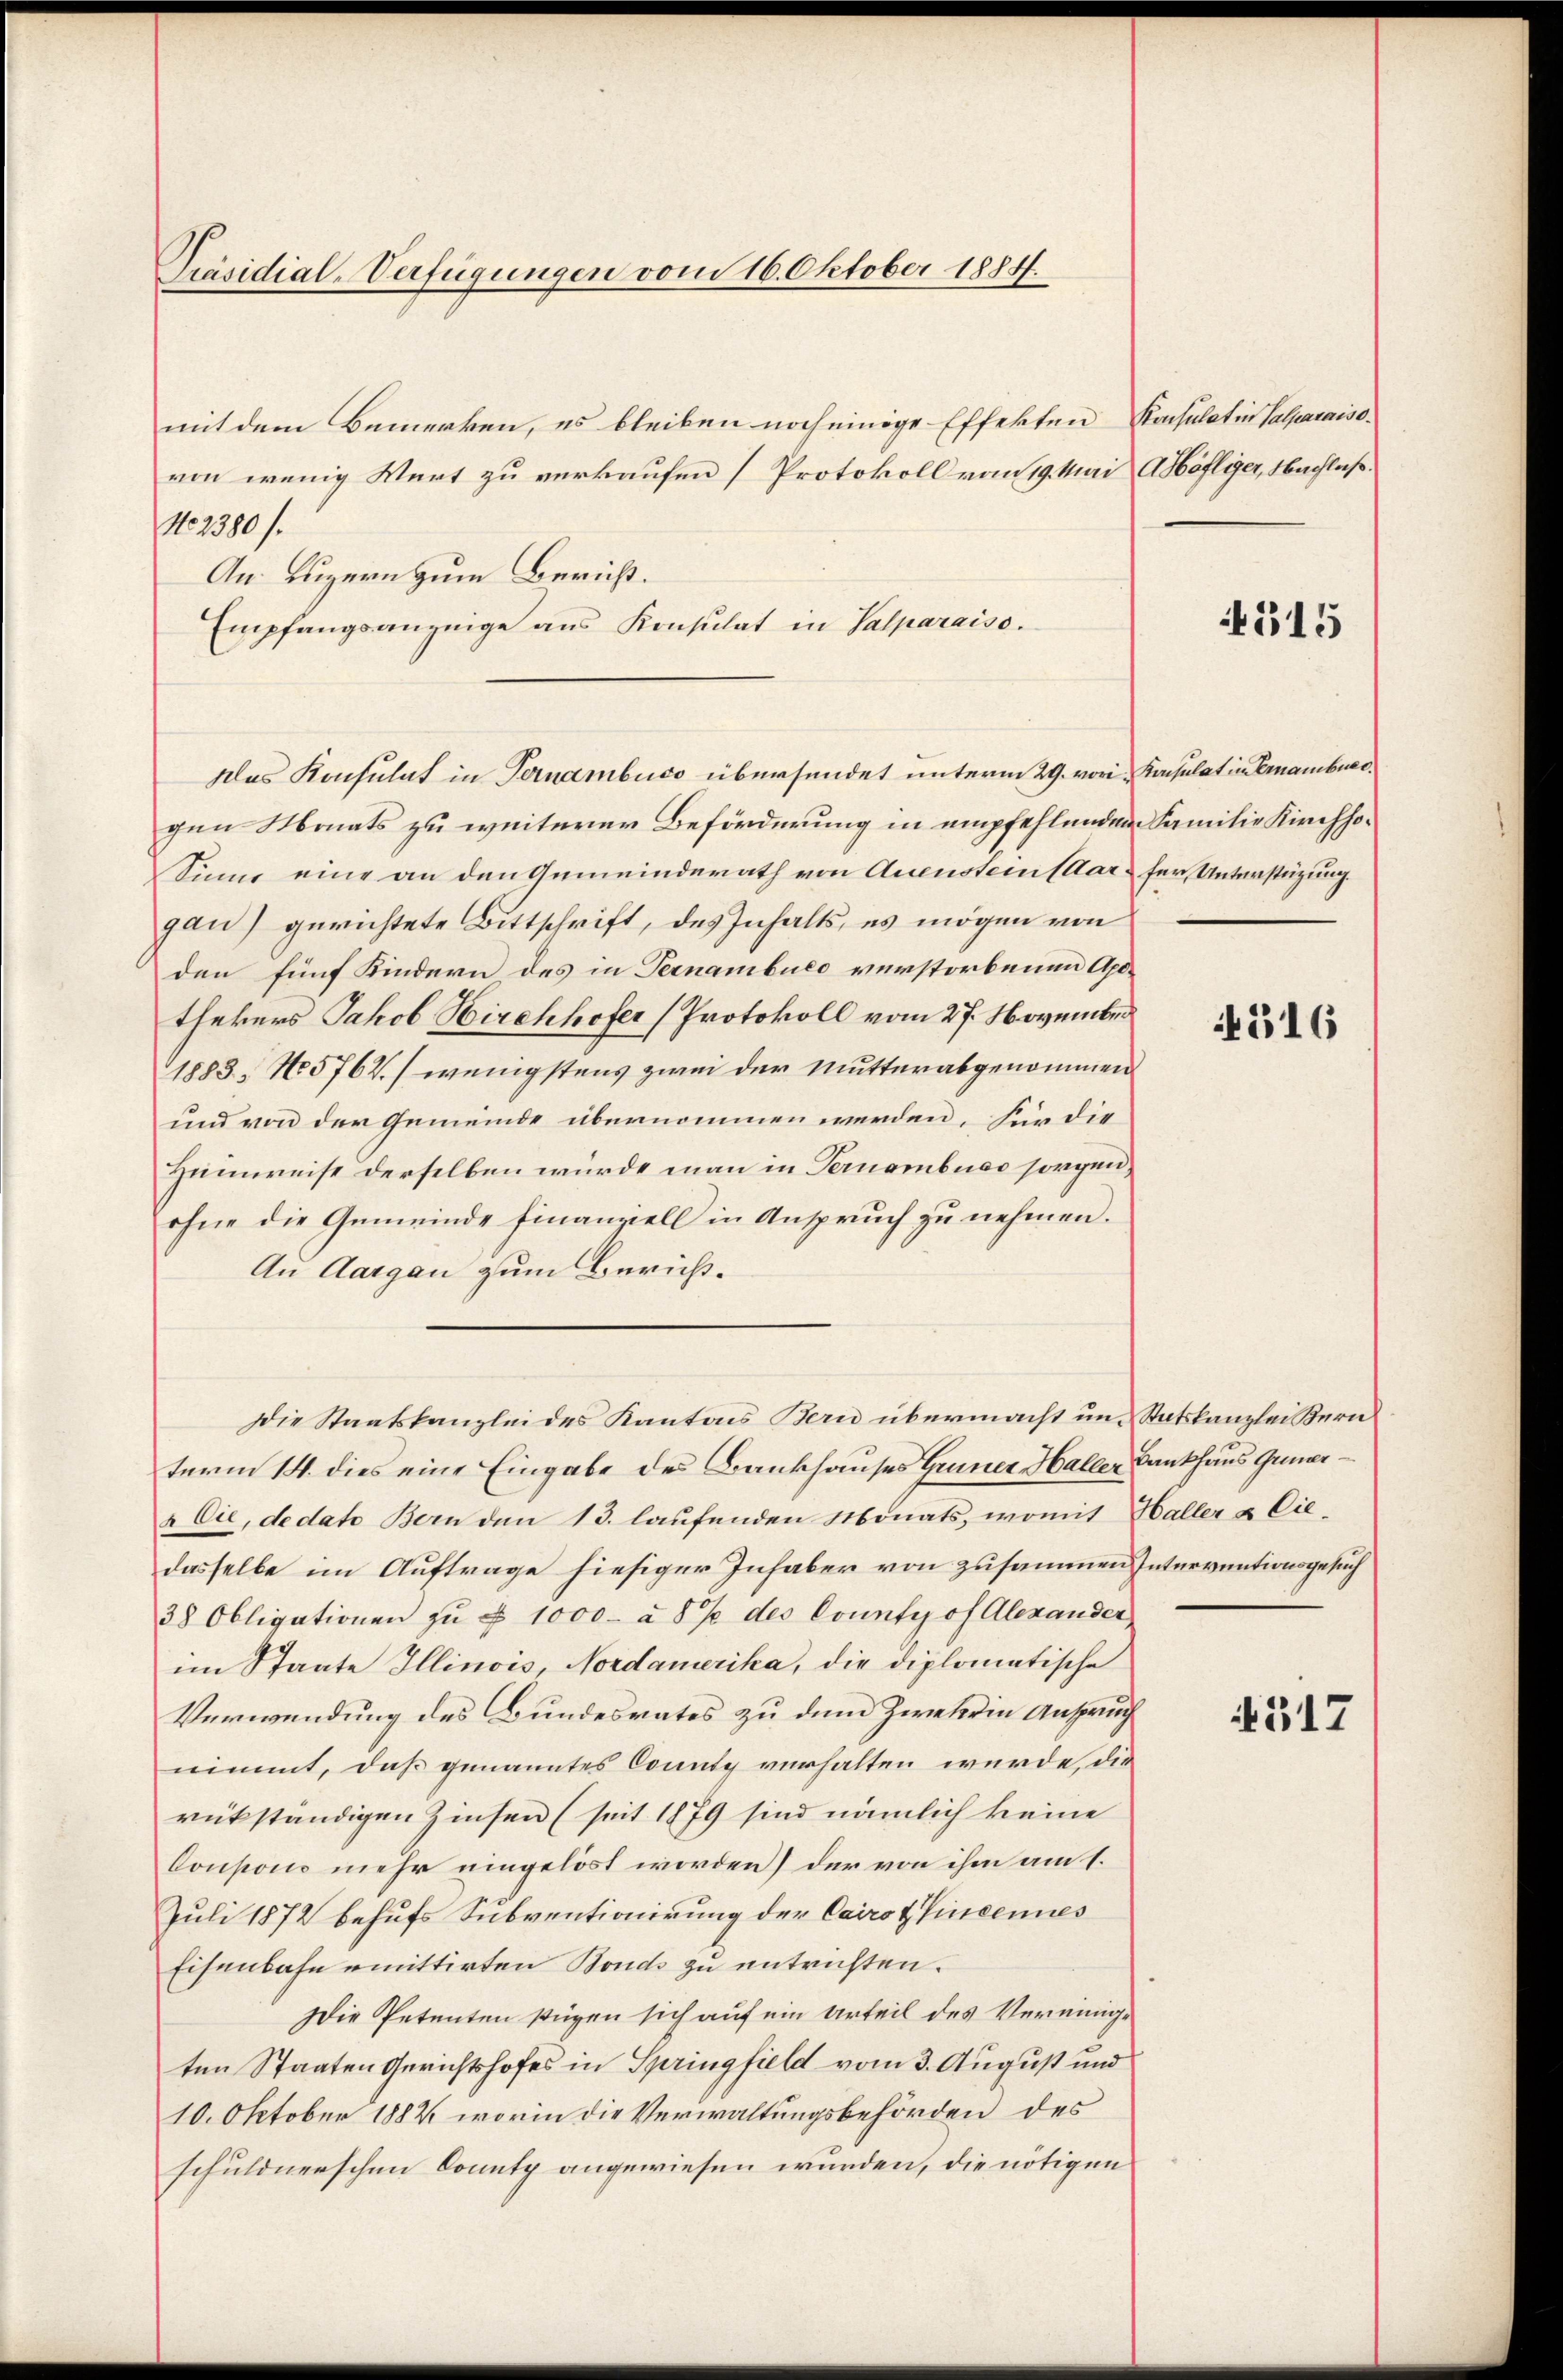
Präsidial-Verfügungen vom 16. Oktober 1884.

mit dem Bemerken, es bleiben noch einige Effekten Konsulatin Salparaiso
von wenig Wert zu verkaufen (Protokoll vom 19. Mai AHöfliger, Nachlaß¬
No 2380 /.
An: Luzern zum Bericht.
Empfangsanzeige ans Konsulat in Salparaiso
gen Monats zu weiterer Beförderung in empfehlenden Familie Kirchho¬
Sinne eine an den Gemeinderath von Auenstein (War für Unterstützung.
gan) gerichtete Bittschrift, des Inhalts, es mögen von
den fünf Kindern des in Ternambuco verstorbenen Apothekers Jakob Hirchhofer (Protokoll vom 27. November
1883, No 5762) wenigstens zwei der Mutterabgenommen
und von der Gemeinde übernommen werden. Für die
Heimweise derselben würde man in Ternembuss sorgen,
ohne die Gemeinde finanziell in Ansprŭch zŭ nehmen.
Au Aargau zum Bericht.
Die Staatskanzlei des Kantons Bern übermacht und Statskanzlei Bern
term 14. dies eine Eingabe des Bankhauses Gener Haller Bankhaus Grüner
& Cie, dedato Bern den 13. laufenden Monats, womit Haller & Ciedasselbe im Auftrage hiesiger Inhaber von zusammen Interventionsgesuch
38 Obligationen zu § 1000 à 5 % des County of Alexander
im Staate Illinois, Nordamerika, die diplomatische
Verwendung des Bundesrates zu dem Zwekein Anspruch
nimmt, daß genanntes County verhalten würde, die
rükständigen Zinsen (seit 1879 sind nämlich keine
Coupons mehr eingelöst worden) der von ihm am 1.
Juli 1872 behufs Subventionirung der Cairo t Vincennes
Eisenbahn emittirten Bonds zu entrichten.
Die Petenten stigen sich auf ein Urteil des Vereinige
ten Staaten Gerichtshofes in Springfield vom 3. August und
10. Oktober 1882 worin die Verwaltungsbehörden des
schuldnerschen Conutz angewiesen wurden, die nötigen

Das Konsulat in Ternambuco übersendet unterm 29. vor Konsulat in Ernamburg.

1315

516

4517